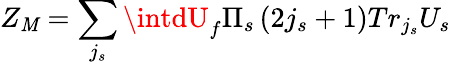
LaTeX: Z_{\mathit{M}}=\sum_{j_{s}}\intdU_{f}\Pi_{s}\left(2j_{s}+1\right)Tr_{j_{s}}U_{s}